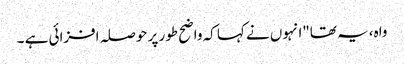
واہ، یہ تھا"انہوں نے کہا کہ واضح طور پر حوصلہ افزائی ہے ۔